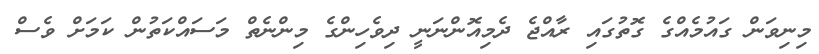
މިނިވަން ގައުމެއްގެ ގޮތުގައި ރާއްޖެ ދެމިއޮންނަނީ ދިވެހިންގެ މިންނެތް މަސައްކަތުން ކަމަށް ވެސް